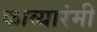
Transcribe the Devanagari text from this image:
काव्यारंमी